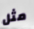
مثل